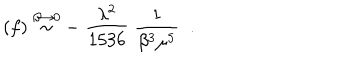
LaTeX: ( f ) \stackrel { \beta \rightarrow 0 } { \sim } - \; \frac { \lambda ^ { 2 } } { 1 5 3 6 } \; { \frac { 1 } { \beta ^ { 3 } \mu ^ { 5 } } } \; \; .